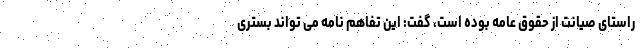
راستای صیانت از حقوق عامه بوده است، گفت: این تفاهم نامه می تواند بستری